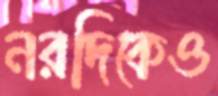
নরদিকেও